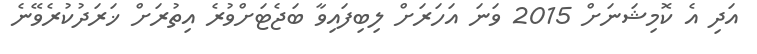
އަދި އެ ކޮމިޝަނަށް 2015 ވަނަ އަހަރަށް ލިބިފައިވާ ބަޖެޓަށްވުރެ އިތުރަށް ޚަރަދުކުރެވޭނެ